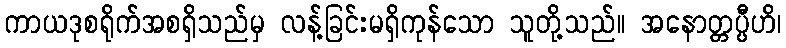
ကာယဒုစရိုက်အစရှိသည်မှ လန့်ခြင်းမရှိကုန်သော သူတို့သည်။ အနောတ္တပ္ပီဟိ၊